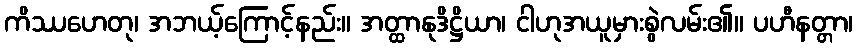
ကိဿဟေတု၊ အဘယ့်ကြောင့်နည်း။ အတ္ထာနုဒိဋ္ဌိယာ၊ ငါဟုအယူမှားစွဲလမ်း၏။ ပဟီနတ္တာ၊